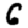
Digit: 6